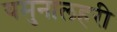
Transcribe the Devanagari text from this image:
यमुनालहरी